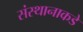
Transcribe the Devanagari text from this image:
संस्थानाकडे